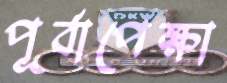
পূর্বাপেক্ষা